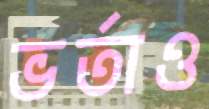
ভর্তাও